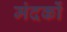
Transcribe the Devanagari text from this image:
मंदकों